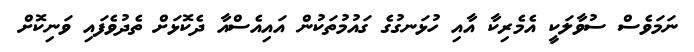
ނަމަވެސް ސުވާލަކީ އެމެރިކާ އާއި ހުޅަނގުގެ ގައުމުތަކުން އައިއެސްއާ ދެކޮޅަށް ތެދުވެފައި ވަނިކޮށް